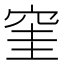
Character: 窐